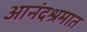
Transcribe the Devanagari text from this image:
आनंदश्रमात